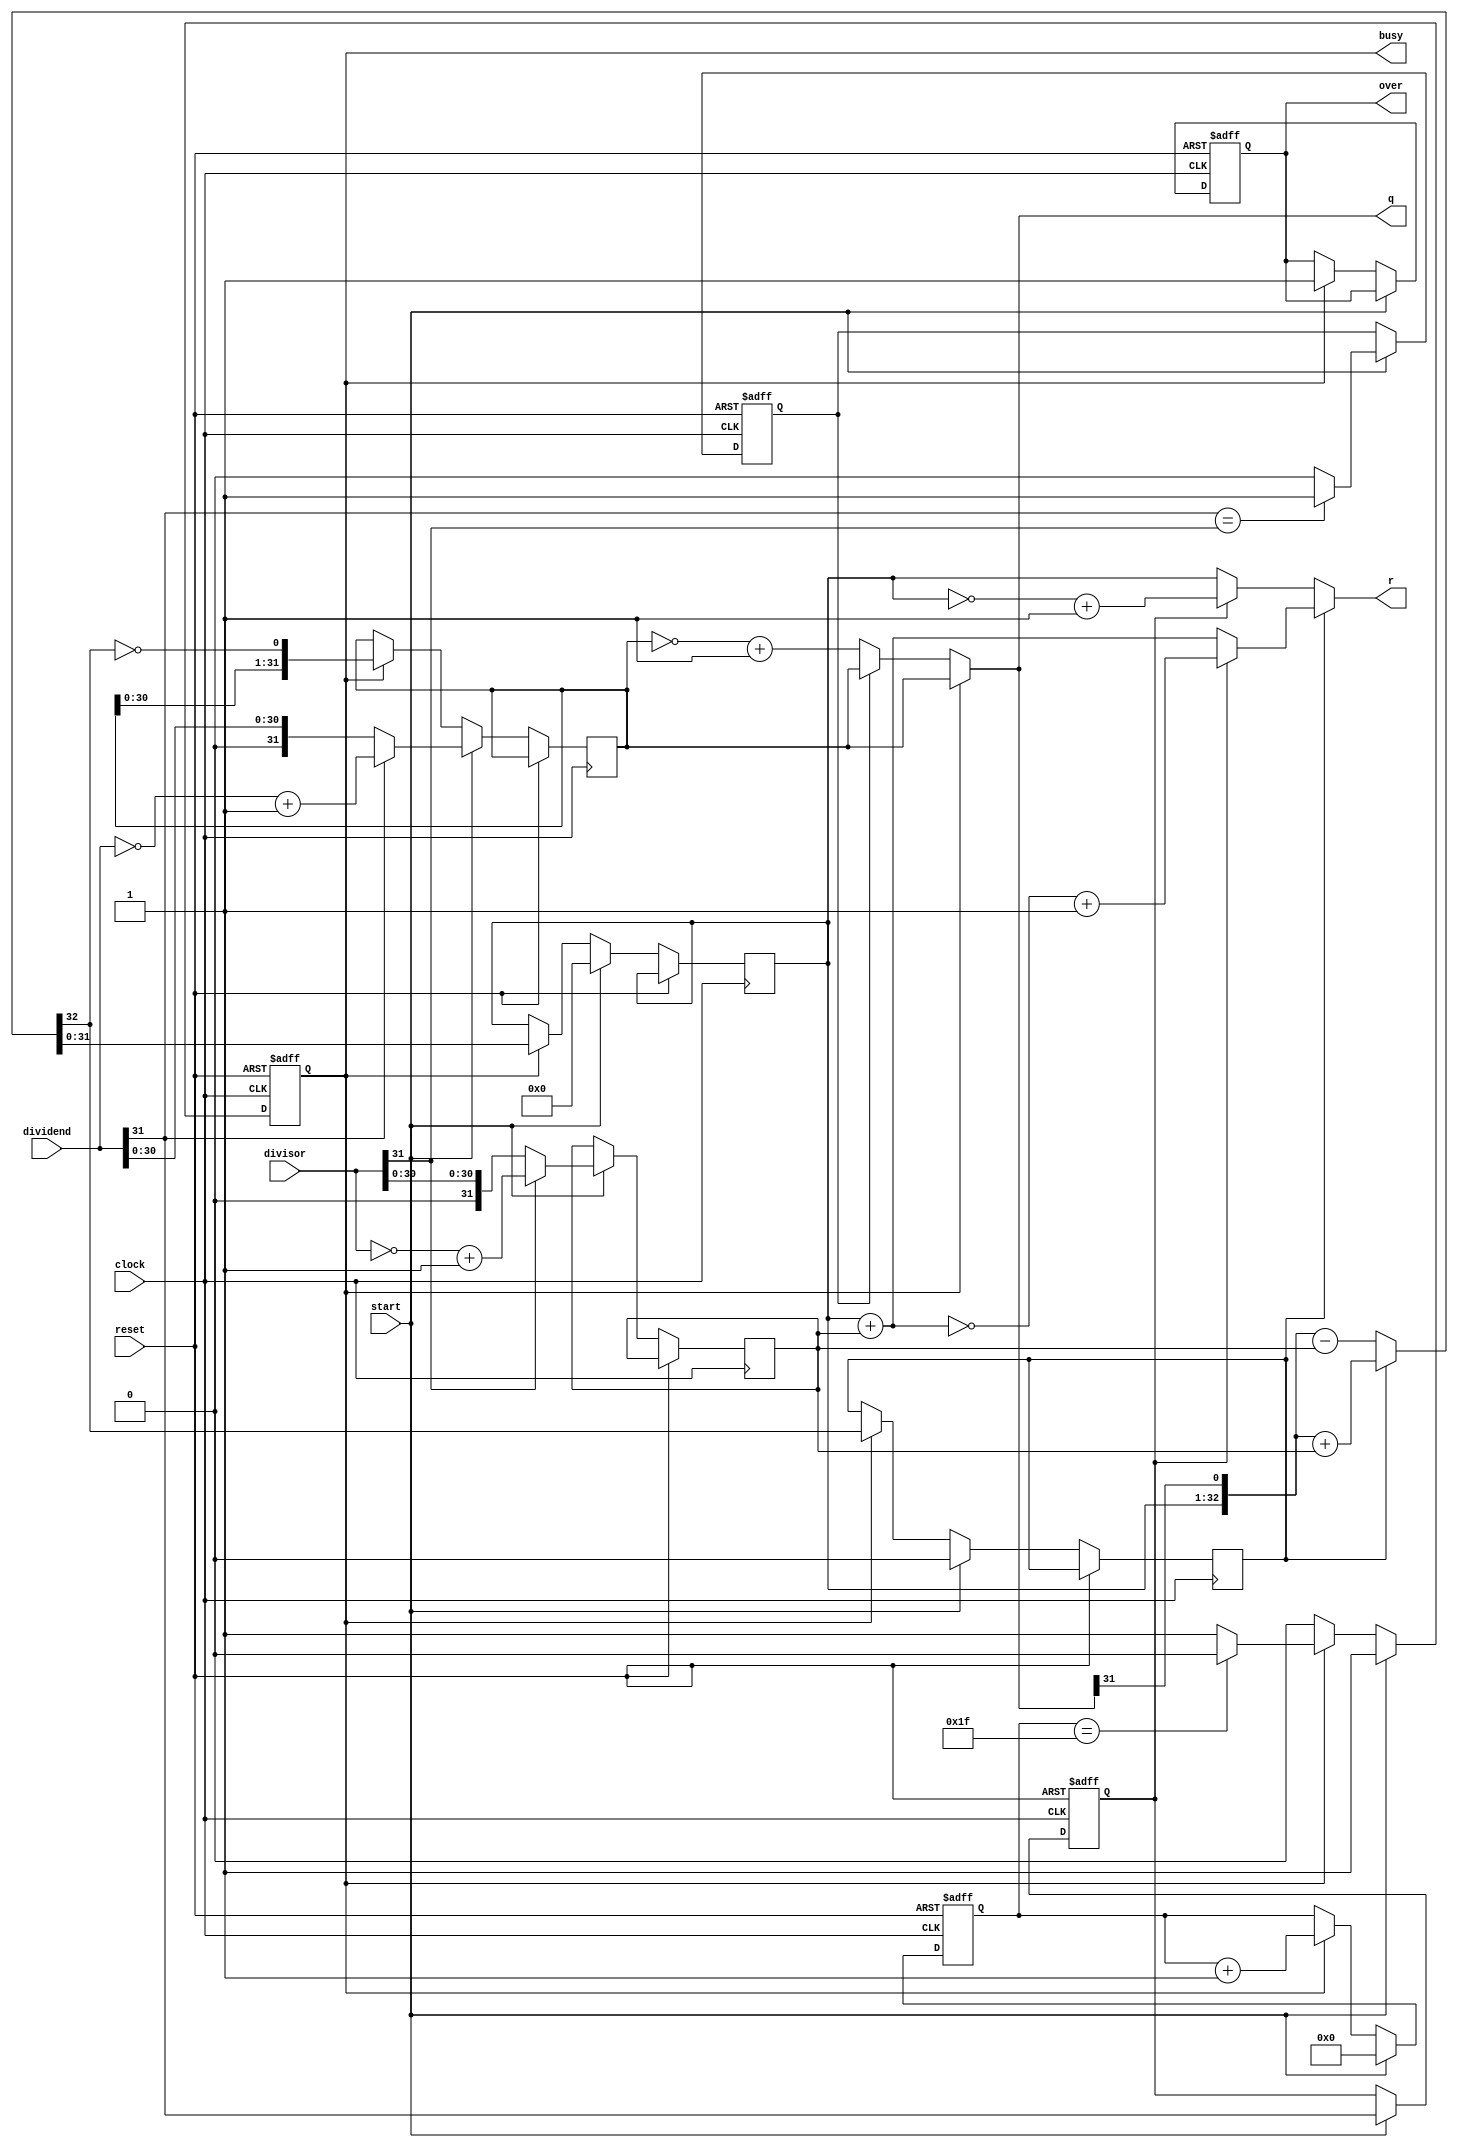
`timescale 1ns / 1ps
//////////////////////////////////////////////////////////////////////////////////
// Company: 
// Engineer: 
// 
// Design Name: 
// Module Name: DIV
// Project Name: 
// Target Devices: 
// Tool Versions: 
// Description: 
// 
// Dependencies: 
// 
// Revision:
// Revision 0.01 - File Created
// Additional Comments:
// 
//////////////////////////////////////////////////////////////////////////////////


module DIV(
   input [31:0]dividend,        //                
   input [31:0]divisor,          //            
   input start,                //            
   input clock,            
   input reset,            
   output [31:0]q,             //            
   output [31:0]r,             //               
   output reg busy,               // 
   output reg over
);
    wire ready;
    reg [4:0] count;
    reg [31:0] reg_q= 32'b0;
    reg [31:0] reg_r= 32'b0;
    reg [31:0] reg_b= 32'b0;
    reg r_val;
    reg q_val;
    reg busy2,r_sign;
    assign  ready=~busy&busy2;
    wire [32:0] sub_add= r_sign?({reg_r,q[31]} + {1'b0,reg_b}):({reg_r,q[31]} - {1'b0,reg_b});  //   
    assign r=r_sign?( r_val?(~(reg_r+reg_b)+32'b1):(reg_r+reg_b)):( r_val?(~(reg_r)+32'b1):(reg_r));
    assign q=busy?reg_q:( q_val)?reg_q:((~reg_q)+32'b1);
    always @(posedge clock or posedge reset ) begin
        if(reset)begin       //      
            count<=5'b0;
            busy<=0;
            over<=0;
            busy2<=0;
            r_val<=0;   
            q_val<=0;
        end else begin
            busy2<=busy;
            if(start)begin
                reg_r <= 32'b0;            
                r_sign <= 0;            
                reg_q <= dividend[31]?((~dividend)+32'b1):dividend;            
                reg_b <= divisor[31]?((~divisor)+32'b1):divisor;
                r_val<=dividend[31];   
                q_val<=(dividend[31]==divisor[31])?1:0;
                count <= 5'b0;            
                busy <= 1'b1;  
            end else if(busy) begin
                reg_r<=sub_add[31:0];
                r_sign<=sub_add[32];
                reg_q<={reg_q[30:0],~sub_add[32]};
                count<=count+5'b00001;
                if(count==5'h1f)
                    busy<=0;
                    over<=1;
            end
        end
    end


endmodule